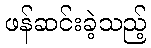
ဖန်ဆင်းခဲ့သည့်